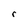
Character: r